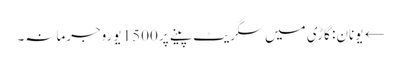
← یونان: گاڑی میں سگریٹ پینے پر 1500 یوروجرمانہ۔